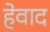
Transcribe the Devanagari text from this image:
हेवाद